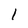
Character: 1